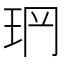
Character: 𤤡